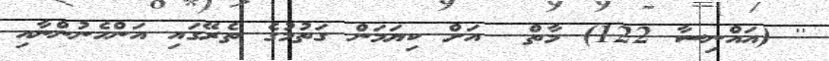
'' (އައްނިސާ 122) މާތް  އަށް ކިޔަމަން ގަތުމުގެ ތެރޭގައި އަންހެނުންނާއި